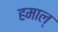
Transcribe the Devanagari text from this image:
हमाल्